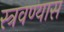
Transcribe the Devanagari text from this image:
स्त्रवण्यास